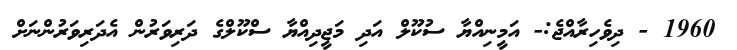
1960 - ދިވެހިރާއްޖެ:- އަމީނިއްޔާ ސުކޫލް އަދި މަޖީދިއްޔާ ސްކޫލްގެ ދަރިވަރުން އެދަރިވަރުންނަށް